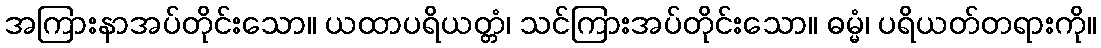
အကြားနာအပ်တိုင်းသော။ ယထာပရိယတ္တံ၊ သင်ကြားအပ်တိုင်းသော။ ဓမ္မံ၊ ပရိယတ်တရားကို။